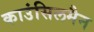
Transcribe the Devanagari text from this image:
काउंसिलमैन